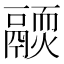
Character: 𩱊